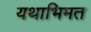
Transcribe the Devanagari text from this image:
यथाभिमत